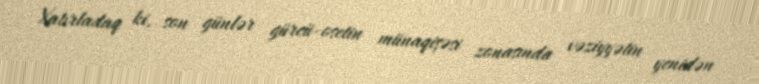
Xatırladaq ki, son günlər gürcü-osetin münaqişəsi zonasında vəziyyətin yenidən